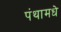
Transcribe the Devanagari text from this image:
पंथामधे